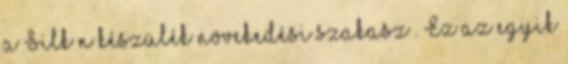
a Silk’n készülék növekedési szakasz . Ez az egyik